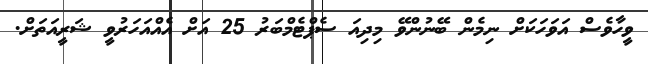
ވީހާވެސް އަވަހަކަށް ނިމެން ބޭނުންވޭ މިދިއަ ސެޕްޓެމްބަރު 25 އަށް އެއްއަހަރުވީ ޝަރީއަތަށް.